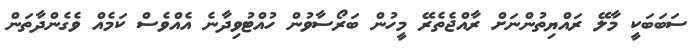
ސަަބަބަކީ މާލޭ ރައްޔިތުންނަށް ރާއްޖެތެރޭ މީހުން ބަރޯސާވުން ހުއްޓުވިދާނެ އެއްވެސް ކަމެއް ވެގެންދާތަން